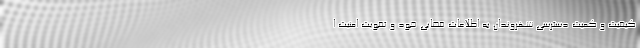
کیفیت و کمیت دسترسی شهروندان به اطلاعات قضایی خود و تقویت امنیت ا